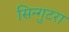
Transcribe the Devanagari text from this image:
सिन्गुटरा